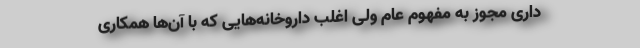
داری مجوز به مفهوم عام ولی اغلب داروخانه‌هایی که با آن‌ها همکاری